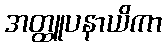
အတ္ထူပနာယိကာ